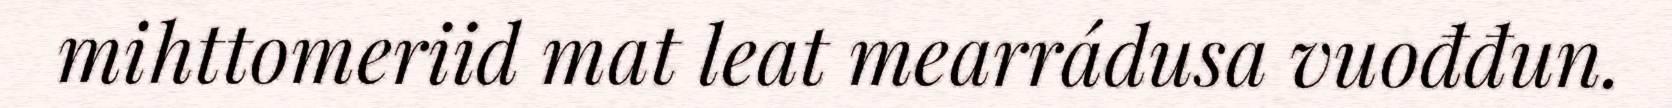
mihttomeriid mat leat mearrádusa vuođđun.